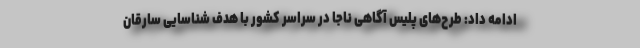
ادامه داد: طرح‌های پلیس آگاهی ناجا در سراسر کشور با هدف شناسایی سارقان